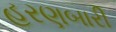
હરણબારી